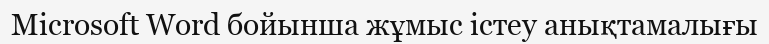
Microsoft Word бойынша жұмыс істеу анықтамалығы